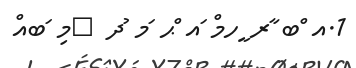
1.އ ްބ ާރ ީހމް ައ ްޙ ަމ ުދ 	މި ަބއް